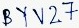
Text: BYV27